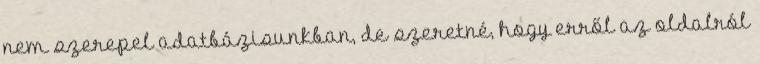
nem szerepel adatbázisunkban, de szeretné, hogy erről az oldalról